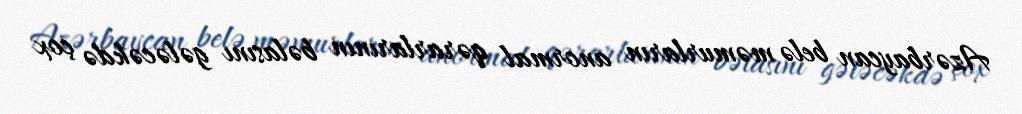
Azərbaycan belə məmurların anormal qərarlarının bəlasını gələcəkdə çox